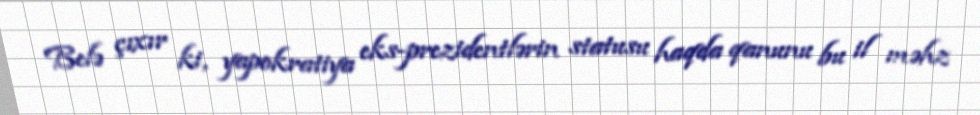
Belə çıxır ki, yapokratiya eks-prezidentlərin statusu haqda qanunu bu il məhz